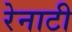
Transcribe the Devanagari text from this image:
रेनाटी